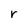
Character: r